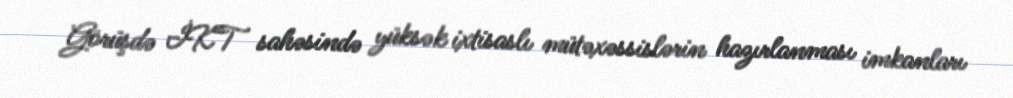
Görüşdə İKT sahəsində yüksək ixtisaslı mütəxəssislərin hazırlanması imkanları